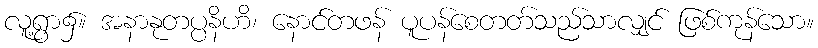
လူ့ရွာ၌။ အနာနုတပ္ပနိဟိ၊ နောင်တဖန် ပူပန်စေတတ်သည်သာလျှင် ဖြစ်ကုန်သော။